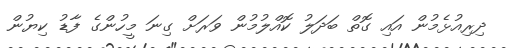
ދިރިއުޅެމުން އައި ގޮތް ބަދަލު ކޮއްލުމުން ވަރަށް ގިނަ މީހުންގެ ފާޑު ކިޔުން